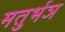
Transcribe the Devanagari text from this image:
मतुर्भञ